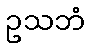
ဥသဘံ